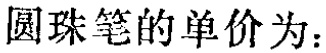
圆珠笔的单价为：